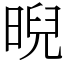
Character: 晲